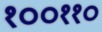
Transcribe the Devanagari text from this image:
१००११०